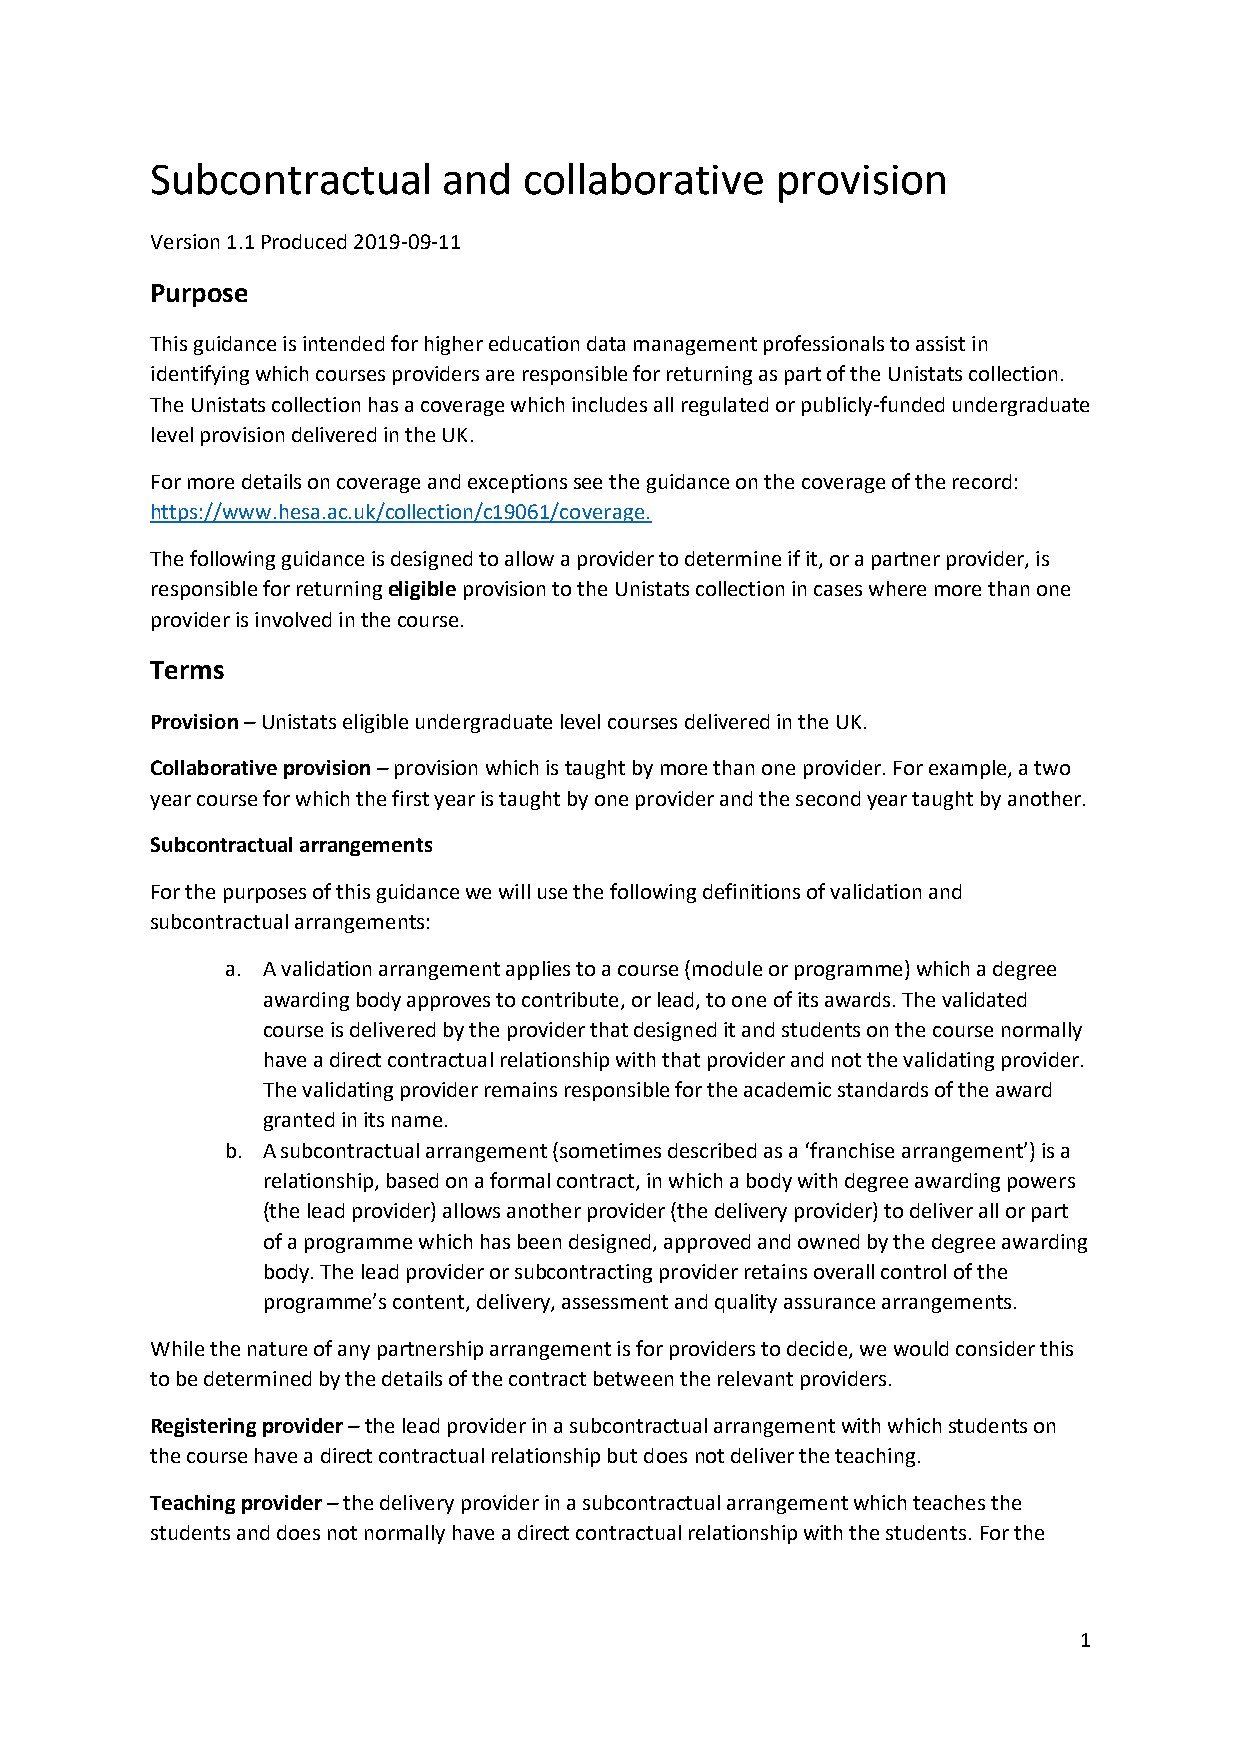
Subcontractual     and   collaborative   provision
 Version 1.1 Produced 2019-09-11
 Purpose
 This guidance is intended for higher education data management professionals to assist in
 identifying which courses providers are responsible for returning as part of the Unistats collection.
 The Unistats collection has a coverage which includes all regulated or publicly-funded undergraduate
 level provision delivered in the UK.
 For more details on coverage and exceptions see the guidance on the coverage of the record:
 https://www.hesa.ac.uk/collection/c19061/coverage.
 The following guidance is designed to allow a provider to determine if it, or a partner provider, is
 responsible for returning eligible provision to the Unistats collection in cases where more than one
 provider is involved in the course.
 Terms
 Provision – Unistats eligible undergraduate level courses delivered in the UK.
 Collaborative provision – provision which is taught by more than one provider. For example, a two
 year course for which the first year is taught by one provider and the second year taught by another.
 Subcontractual arrangements
 For the purposes of this guidance we will use the following definitions of validation and
 subcontractual arrangements:
 a. A validation arrangement applies to a course (module or programme) which a degree
 awarding body approves to contribute, or lead, to one of its awards. The validated
 course is delivered by the provider that designed it and students on the course normally
 have a direct contractual relationship with that provider and not the validating provider.
 The validating provider remains responsible for the academic standards of the award
 granted in its name.
 b. A subcontractual arrangement (sometimes described as a ‘franchise arrangement’) is a
 relationship, based on a formal contract, in which a body with degree awarding powers
 (the lead provider) allows another provider (the delivery provider) to deliver all or part
 of a programme which has been designed, approved and owned by the degree awarding
 body. The lead provider or subcontracting provider retains overall control of the
 programme’s content, delivery, assessment and quality assurance arrangements.
 While the nature of any partnership arrangement is for providers to decide, we would consider this
 to be determined by the details of the contract between the relevant providers.
 Registering provider – the lead provider in a subcontractual arrangement with which students on
 the course have a direct contractual relationship but does not deliver the teaching.
 Teaching provider – the delivery provider in a subcontractual arrangement which teaches the
 students and does not normally have a direct contractual relationship with the students. For the
 1